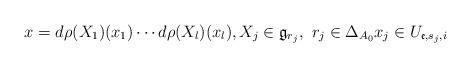
LaTeX: \begin{align*} x=d\rho(X_1)(x_{1})\cdots d\rho(X_l)(x_{l}),X_j\in \mathfrak{g}_{r_j},\,\,r_j\in \Delta_{A_0}x_{j}\in U_{\mathfrak{e},s_j,i}\end{align*}